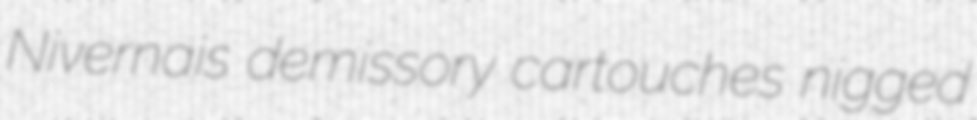
Nivernais demissory cartouches nigged